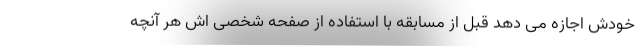
خودش اجازه می دهد قبل از مسابقه با استفاده از صفحه شخصی اش هر آنچه